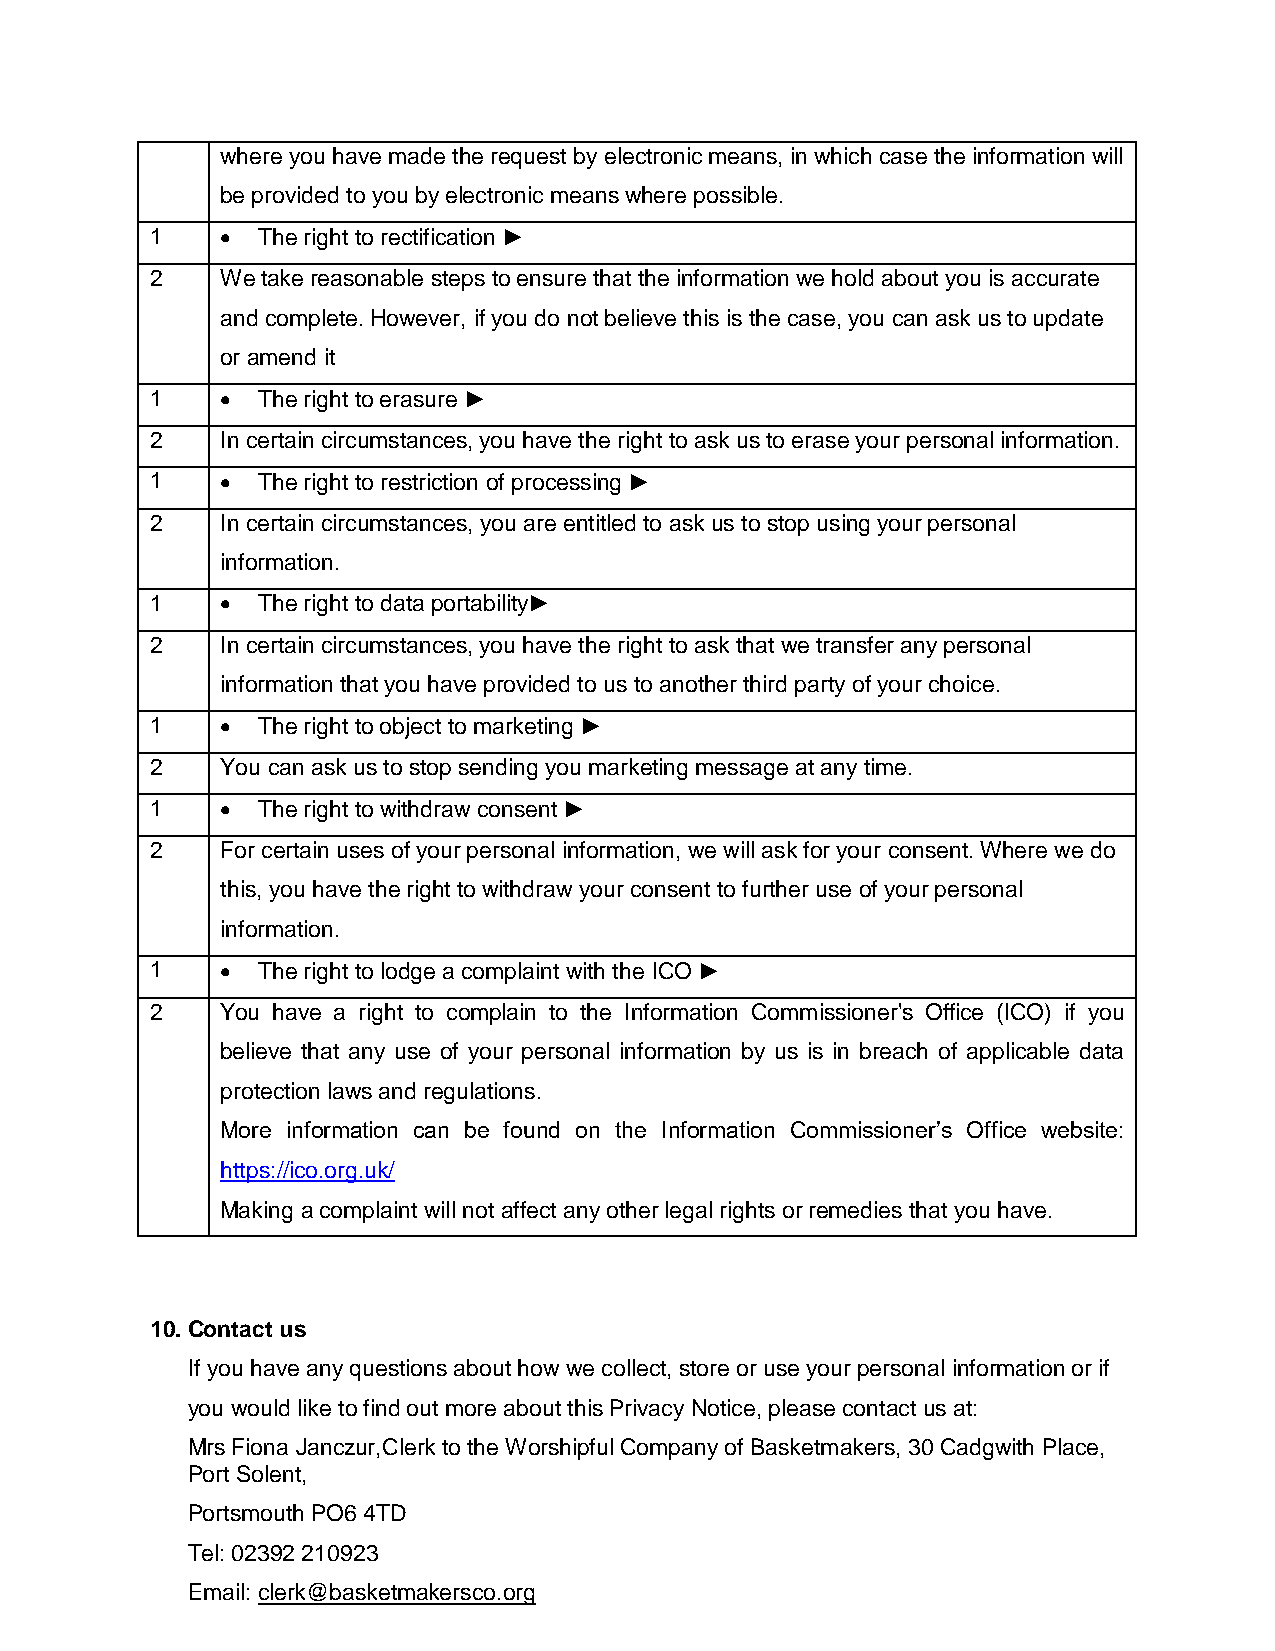
where you have made the request by electronic means, in which case the information will
 be provided to you by electronic means where possible.
 1     The right to rectification ►
 2    We take reasonable steps to ensure that the information we hold about you is accurate
 and complete. However, if you do not believe this is the case, you can ask us to update
 or amend it
 1     The right to erasure ►
 2    In certain circumstances, you have the right to ask us to erase your personal information.
 1     The right to restriction of processing ►
 2    In certain circumstances, you are entitled to ask us to stop using your personal
 information.
 1     The right to data portability►
 2    In certain circumstances, you have the right to ask that we transfer any personal
 information that you have provided to us to another third party of your choice.
 1     The right to object to marketing ►
 2    You can ask us to stop sending you marketing message at any time.
 1     The right to withdraw consent ►
 2    For certain uses of your personal information, we will ask for your consent. Where we do
 this, you have the right to withdraw your consent to further use of your personal
 information.
 1     The right to lodge a complaint with the ICO ►
 2    You have a right to complain to the Information Commissioner's Office (ICO) if you
 believe that any use of your personal information by us is in breach of applicable data
 protection laws and regulations.
 More information can be found on the Information Commissioner’s Office website:
 https://ico.org.uk/
 Making a complaint will not affect any other legal rights or remedies that you have.
 10. Contact us
 If you have any questions about how we collect, store or use your personal information or if
 you would like to find out more about this Privacy Notice, please contact us at:
 Mrs Fiona Janczur,Clerk to the Worshipful Company of Basketmakers, 30 Cadgwith Place,
 Port Solent,
 Portsmouth PO6 4TD
 Tel: 02392 210923
 Email: clerk@basketmakersco.org